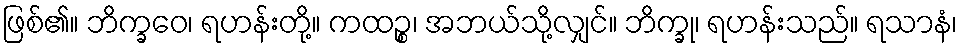
ဖြစ်၏။ ဘိက္ခဝေ၊ ရဟန်းတို့။ ကထဉ္စ၊ အဘယ်သို့လျှင်။ ဘိက္ခု၊ ရဟန်းသည်။ ရသာနံ၊